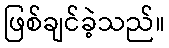
ဖြစ်ချင်ခဲ့သည်။